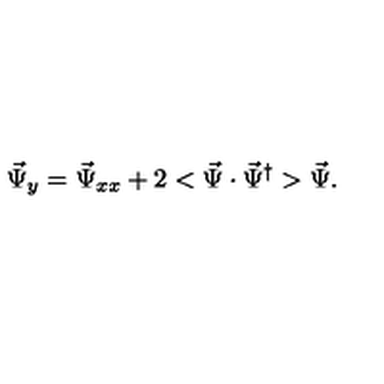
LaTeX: \vec { \Psi } _ { y } = \vec { \Psi } _ { x x } + 2 < \vec { \Psi } \cdot \vec { \Psi } ^ { \dagger } > \vec { \Psi } .